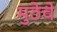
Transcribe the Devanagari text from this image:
मुठेचे